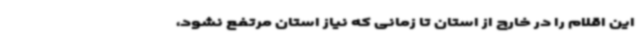
این اقلام را در خارج از استان تا زمانی که نیاز استان مرتفع نشود،